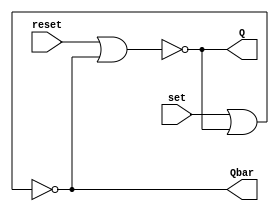
`timescale 1ns / 1ps
module testbed(
        input reset,
        input set,
        output Q, Qbar
    );
    
    assign  #1 Q = ~(reset | Qbar); 
    assign  #1 Qbar = ~(set | Q); 
   
endmodule

//module testbed(
//        input reset,
//        input set,
//        output Q, Qbar
//    );
    
//    assign  #1 Q = ~(~set & Qbar); 
//    assign  #1 Qbar = ~(~reset & Q); 
    
//    endmodule
    
//module testbed(
//        input reset,
//        input set,
//        input enable,
//        output Q, Qbar
//    );
    
//    wire w1,w2;
    
//    assign #1 w1 = ~(set & enable); 
//    assign #1 w2 = ~(reset & enable); 
    
//    assign  #1 Q = ~(w1 & Qbar); 
//    assign  #1 Qbar = ~(w2 & Q); 
    
//    endmodule
    
//module testbed(
//        input reset,
//        input set,
//        input enable,
//        output Q, Qbar
//    );
    
//    wire w1,w2;
    
//    assign #1 w1 = ~(set & enable); 
//    assign #1 w2 = ~(reset & enable); 
    
//    assign  #1 Q = ~(w1 & Qbar); 
//    assign  #1 Qbar = ~(w2 & Q); 
    
//    endmodule

//module testbed(
//        input d,
//        input enable,
//        output Q, Qbar
//    );
    
//    wire w1,w2;
    
//    assign #1 w1 = ~(d & enable); 
//    assign #1 w2 = ~(~d & enable); 
    
//    assign  #1 Q = ~(w1 & Qbar); 
//    assign  #1 Qbar = ~(w2 & Q); 
    
//    endmodule